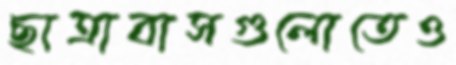
ছাত্রাবাসগুলোতেও